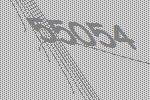
55054